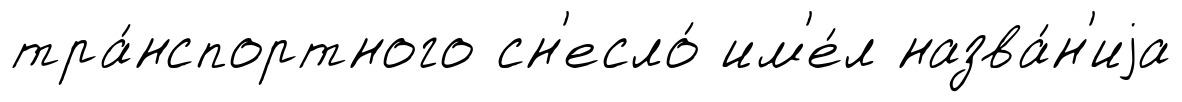
тра́нспортного сн'есло́ им'е́л назва́н'иjа